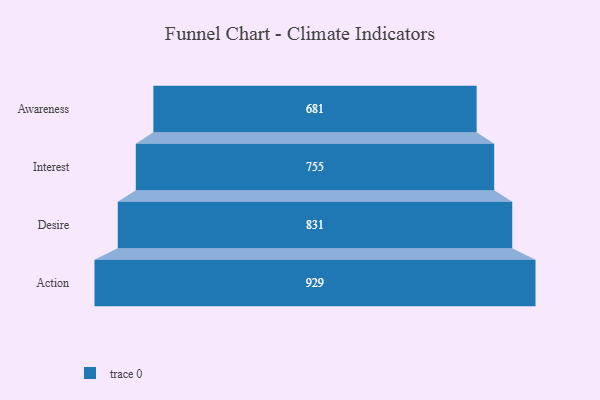
{"axis": {"x": "Stage", "y": "Value"}, "legend": [""], "data": [{"x": "Awareness", "y": 681.0, "type": ""}, {"x": "Interest", "y": 755.0, "type": ""}, {"x": "Desire", "y": 831.0, "type": ""}, {"x": "Action", "y": 929.0, "type": ""}]}